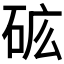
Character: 𰦺